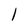
Character: 1